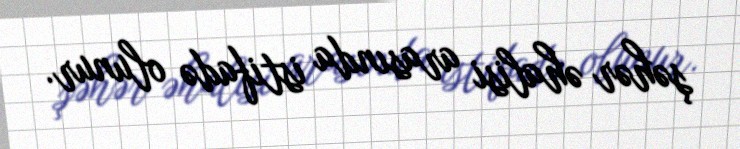
şəhər əhalisi arasında istifadə olunur.